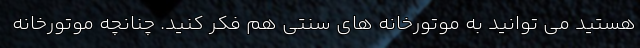
هستید می توانید به موتورخانه های سنتی هم فکر کنید. چنانچه موتورخانه